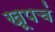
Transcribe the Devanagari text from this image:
खूपचं